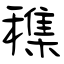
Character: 穕